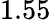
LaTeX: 1.55